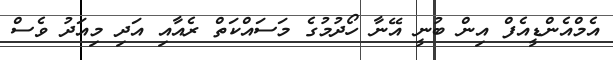
އެމްއެންޑީއެފް އިން ބުނީ އޭނާ ހޯދުމުގެ މަސައްކަތް ރެއާއި އަދި މިއަދު ވެސް